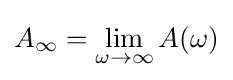
A_{\infty }=\lim _{\omega \to \infty }A(\omega )